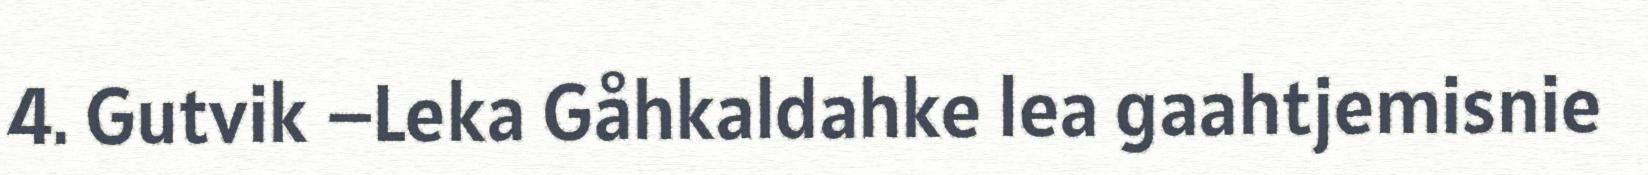
4. Gutvik –Leka Gåhkaldahke lea gaahtjemisnie